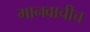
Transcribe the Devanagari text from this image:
मानवाचीच